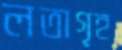
লতাগৃহ